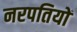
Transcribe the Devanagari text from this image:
नरपतियों